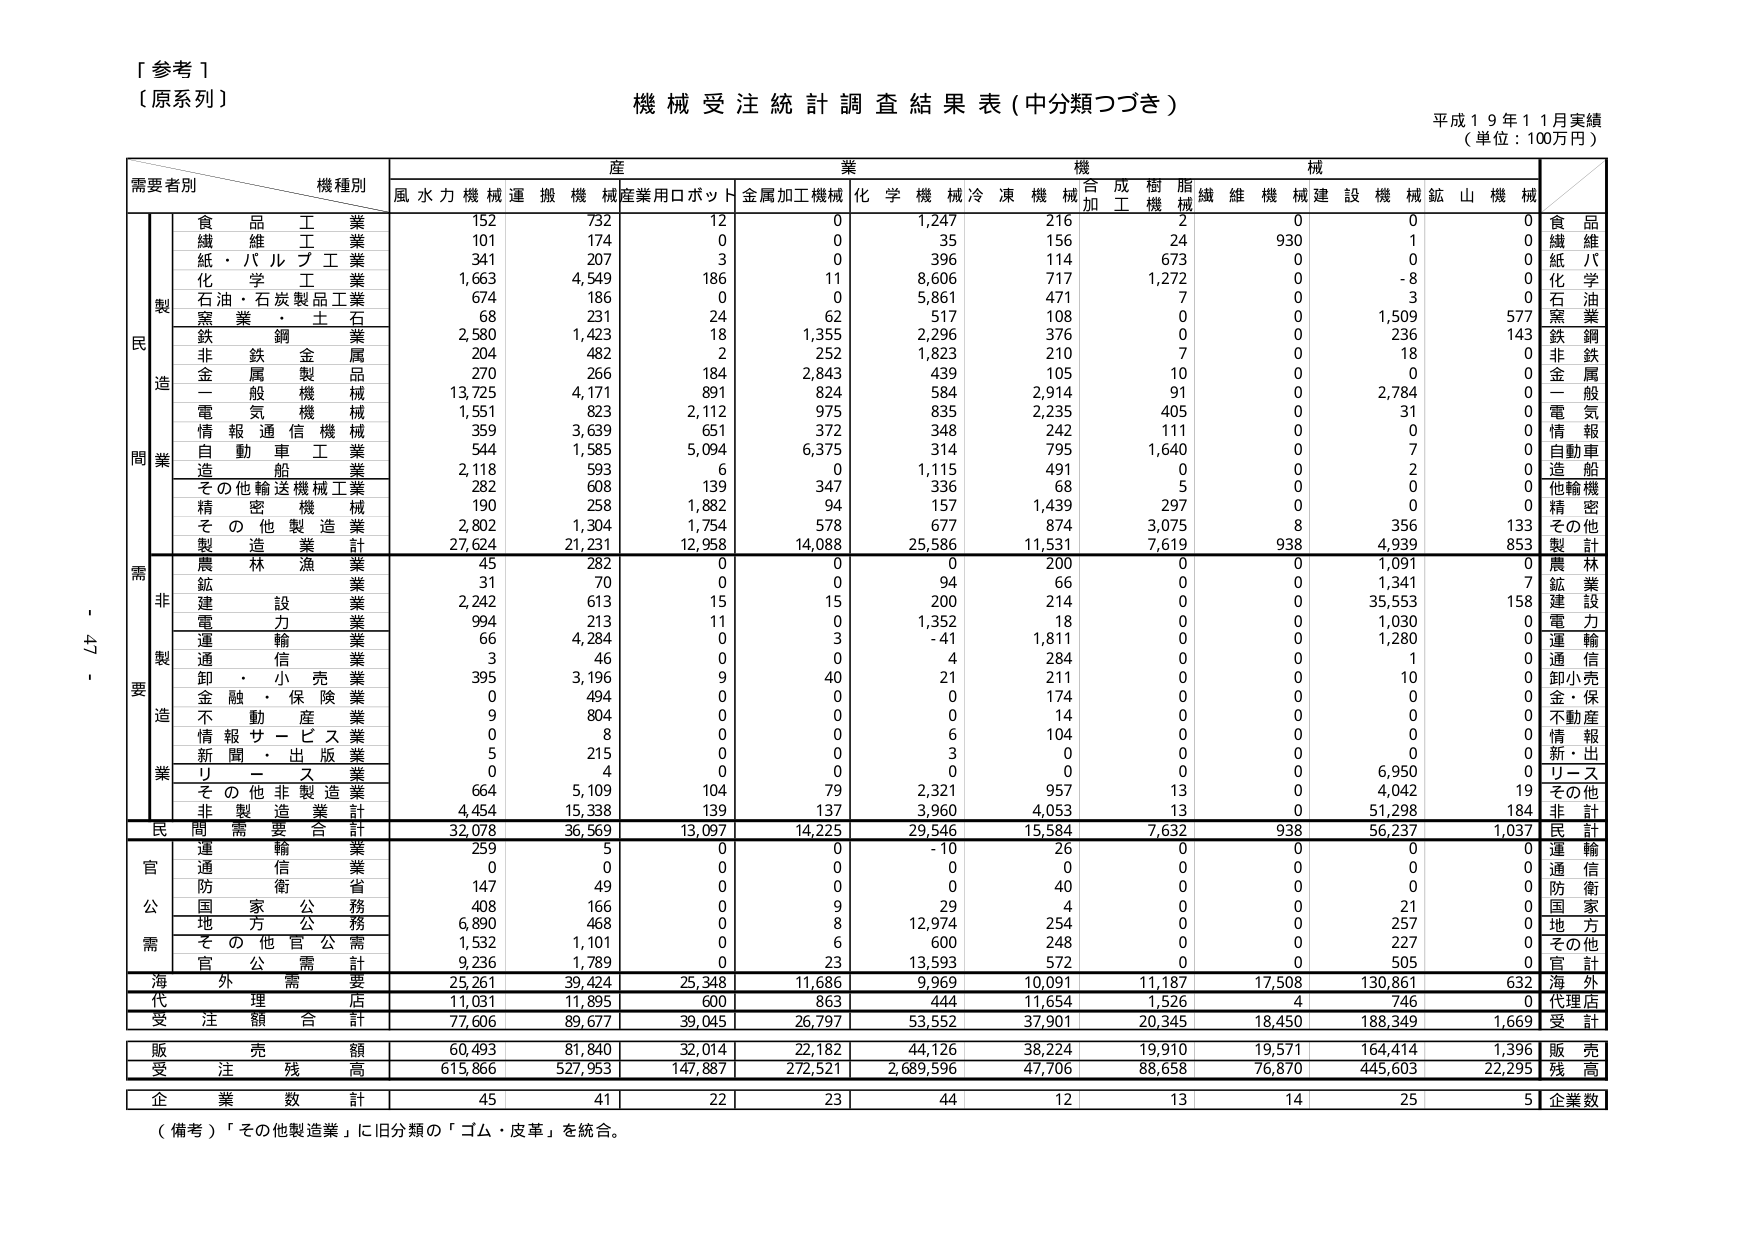
[参考1]
〔原系列〕

機械受注統計調査結果表（中分類つづき）
平成19年11月実績
（単位：100万円）

需要者別　　機種別　　産業　　機械
　　　　　　　　　　　風水力機械　運搬機械　産業用ロボット　金属加工機械　化学機械　冷凍機械　合成樹脂機械　繊維機械　建設機械　鉱山機械

製造
　　食品工業　　　　　152　　　732　　　12　　　0　　　1,247　　　216　　　2　　　0　　　0　　　0　　　食品
　　繊維工業　　　　　101　　　174　　　0　　　0　　　35　　　156　　　24　　　930　　　1　　　0　　　繊維
　　紙・パルプ工業　　　341　　　207　　　3　　　0　　　396　　　114　　　673　　　0　　　0　　　0　　　紙パ
　　化学工業　　　　　1,663　　　4,549　　　186　　　11　　　8,606　　　717　　　1,272　　　0　　　-8　　　0　　　化学
　　石油・石炭製品工業　674　　　186　　　0　　　0　　　5,861　　　471　　　7　　　0　　　3　　　0　　　石油
　　窯業・土石　　　　68　　　231　　　24　　　62　　　517　　　108　　　0　　　0　　　1,509　　　577　　　窯業
　　鉄鋼業　　　　　2,580　　　1,423　　　18　　　1,355　　　2,296　　　376　　　0　　　0　　　236　　　143　　　鉄鋼
　　非鉄金属　　　　204　　　482　　　2　　　252　　　1,823　　　210　　　7　　　0　　　18　　　0　　　非鉄
　　金属製品　　　　270　　　266　　　184　　　2,843　　　439　　　105　　　10　　　0　　　0　　　0　　　金属
　　一般機械　　　13,725　　　4,171　　　891　　　824　　　584　　　2,914　　　91　　　0　　　2,784　　　0　　　一般
　　電気機械　　　　1,551　　　823　　　2,112　　　975　　　835　　　2,235　　　405　　　0　　　31　　　0　　　電気
　　情報通信機械　　359　　　3,639　　　651　　　372　　　348　　　242　　　111　　　0　　　0　　　0　　　情報
　　自動車工業　　　544　　　1,585　　　5,094　　　6,375　　　314　　　795　　　1,640　　　0　　　7　　　0　　　自動車
　　造船業　　　　　2,118　　　593　　　6　　　0　　　1,115　　　491　　　0　　　0　　　2　　　0　　　造船
　　その他輸送機械工業　282　　　608　　　139　　　347　　　336　　　68　　　5　　　0　　　0　　　0　　　他輸送
　　精密機械　　　　190　　　258　　　1,882　　　94　　　157　　　1,439　　　297　　　0　　　0　　　0　　　精密
　　その他製造業　　2,802　　　1,304　　　1,754　　　578　　　677　　　874　　　3,075　　　8　　　356　　　133　　　その他
　　製造業計　　　27,624　　　21,231　　　12,088　　　14,088　　　25,586　　　11,531　　　7,619　　　938　　　4,939　　　853　　　製計

需要
　　農林漁業　　　　45　　　282　　　0　　　0　　　0　　　200　　　0　　　0　　　1,091　　　0　　　農林
　　鉱業　　　　　　31　　　70　　　0　　　0　　　94　　　66　　　0　　　0　　　1,341　　　7　　　鉱業
　　建設業　　　　　2,242　　　613　　　15　　　15　　　200　　　214　　　0　　　0　　　35,553　　　158　　　建設
　　電力　　　　　　994　　　213　　　11　　　0　　　1,352　　　18　　　0　　　0　　　1,030　　　0　　　電力
　　運輸業　　　　　66　　　4,284　　　0　　　3　　　-41　　　1,811　　　0　　　0　　　1,280　　　0　　　運輸
　　通信業　　　　　3　　　46　　　0　　　0　　　4　　　284　　　0　　　0　　　1　　　0　　　通信
　　卸・小売業　　　395　　　3,196　　　9　　　40　　　21　　　211　　　0　　　0　　　10　　　0　　　卸小売
　　金融・保険業　　0　　　494　　　0　　　0　　　0　　　174　　　0　　　0　　　0　　　0　　　金・保
　　不動産業　　　　9　　　804　　　0　　　0　　　0　　　14　　　0　　　0　　　0　　　0　　　不動産
　　情報サービス業　0　　　8　　　0　　　0　　　6　　　104　　　0　　　0　　　0　　　0　　　情報
　　新聞・出版業　　5　　　215　　　0　　　0　　　3　　　0　　　0　　　0　　　0　　　0　　　新・出
　　リース　　　　　0　　　4　　　0　　　0　　　0　　　0　　　0　　　0　　　6,950　　　0　　　リース
　　その他非製造業　664　　　5,109　　　104　　　79　　　2,321　　　957　　　13　　　0　　　4,042　　　19　　　その他
　　非製造業計　　4,454　　　15,338　　　139　　　137　　　3,960　　　4,053　　　13　　　0　　　51,298　　　184　　　非計

民間需要合計　　32,078　　　36,569　　　13,097　　　14,225　　　29,546　　　15,584　　　7,632　　　938　　　56,237　　　1,037　　　民計

官公需
　　運輸業　　　　　259　　　5　　　0　　　0　　　-10　　　26　　　0　　　0　　　0　　　0　　　運輸
　　通信業　　　　　0　　　0　　　0　　　0　　　0　　　0　　　0　　　0　　　0　　　0　　　通信
　　防衛省　　　　　147　　　49　　　0　　　0　　　0　　　40　　　0　　　0　　　0　　　0　　　防衛
　　国家公務　　　　408　　　166　　　0　　　9　　　29　　　4　　　0　　　0　　　21　　　0　　　国家
　　地方公務　　　　6,890　　　468　　　0　　　8　　　12,974　　　254　　　0　　　0　　　257　　　0　　　地方
　　その他官公需　　1,532　　　1,101　　　0　　　6　　　600　　　248　　　0　　　0　　　227　　　0　　　その他
　　官公需計　　　9,236　　　1,789　　　0　　　23　　　13,593　　　572　　　0　　　0　　　505　　　0　　　官計

海外需要　　　25,261　　　39,424　　　25,348　　　11,686　　　9,969　　　10,091　　　11,187　　　17,508　　　130,861　　　632　　　海外

代理店　　　　11,031　　　11,895　　　600　　　863　　　444　　　11,654　　　1,526　　　4　　　746　　　0　　　代理店

受注額合計　　77,606　　　89,677　　　39,045　　　26,797　　　53,552　　　37,901　　　20,345　　　18,450　　　188,349　　　1,669　　　受計

販売額　　　　60,493　　　81,840　　　32,014　　　22,182　　　44,126　　　38,224　　　19,910　　　19,571　　　164,414　　　1,396　　　販売

受注残高　　615,866　　　527,953　　　147,887　　　272,521　　　2,689,596　　　47,706　　　88,658　　　76,870　　　445,603　　　22,295　　　残高

企業数計　　　45　　　41　　　22　　　23　　　44　　　12　　　13　　　14　　　25　　　5　　　企業数

（備考）「その他製造業」に旧分類の「ゴム・皮革」を統合。

- 47 -